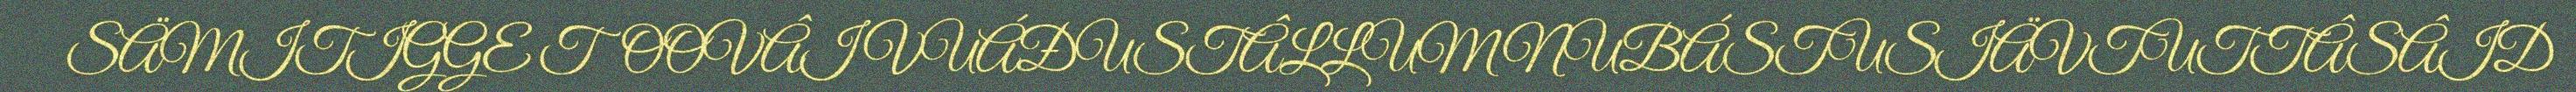
SÄMITIGGE TOOVÂI VUÁĐUSTÂLLUM NUBÁSTUSIÄVTUTTÂSÂID